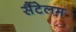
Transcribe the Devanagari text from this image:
सैंटेलम